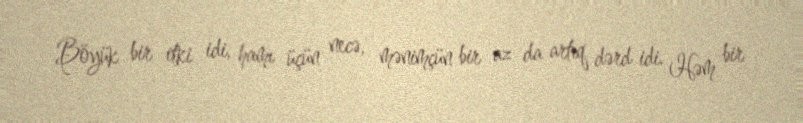
Böyük bir itki idi, hamı üçün necə, mənimçün bir az da artıq dərd idi. Həm bir